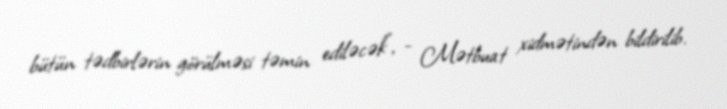
bütün tədbirlərin görülməsi təmin ediləcək", - Mətbuat xidmətindən bildirilib.